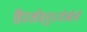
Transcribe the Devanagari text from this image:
हिउओय्र्तु६योओलो